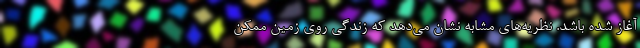
آغاز شده باشد. نظریه‌های مشابه نشان می‌دهد که زندگی روی زمین ممکن